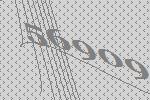
56909